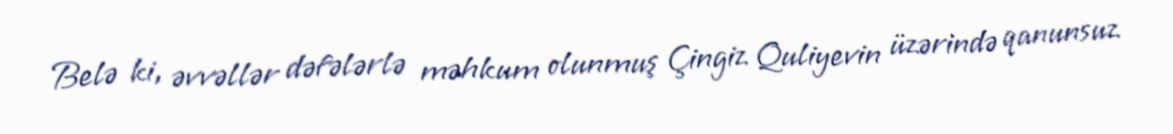
Belə ki, əvvəllər dəfələrlə məhkum olunmuş Çingiz Quliyevin üzərində qanunsuz